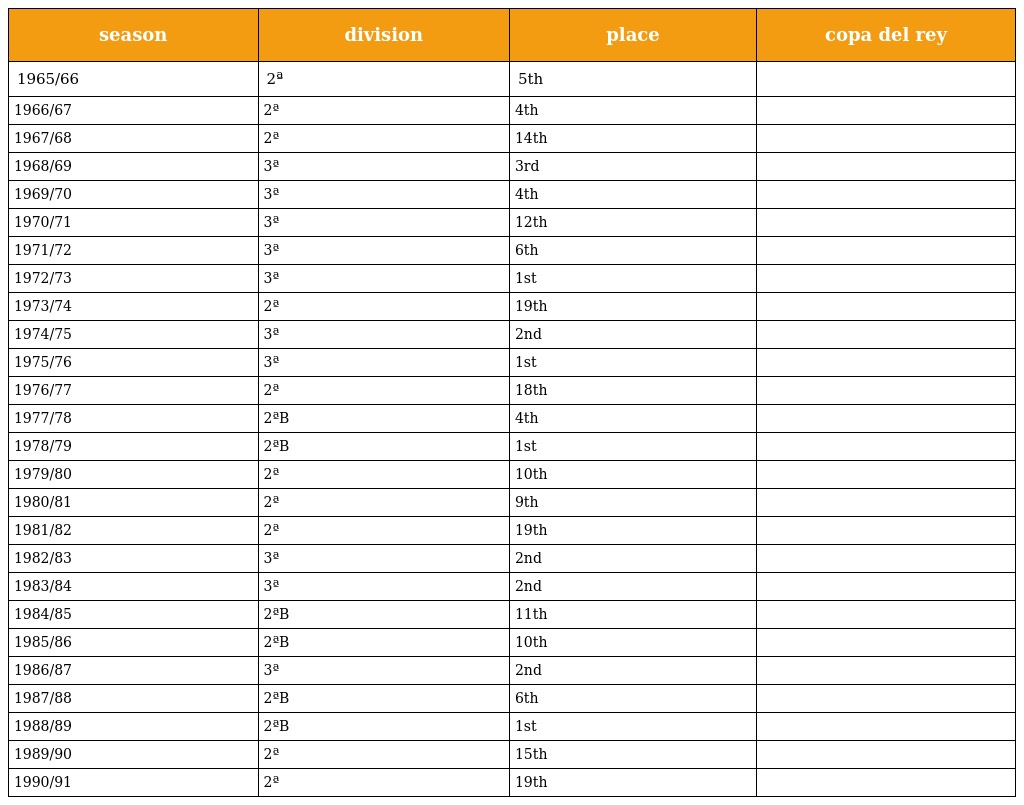
| season | division | place | copa del rey |
 | --- | --- | --- | --- |
 | 1965/66 | 2ª | 5th |  |
 | 1966/67 | 2ª | 4th |  |
 | 1967/68 | 2ª | 14th |  |
 | 1968/69 | 3ª | 3rd |  |
 | 1969/70 | 3ª | 4th |  |
 | 1970/71 | 3ª | 12th |  |
 | 1971/72 | 3ª | 6th |  |
 | 1972/73 | 3ª | 1st |  |
 | 1973/74 | 2ª | 19th |  |
 | 1974/75 | 3ª | 2nd |  |
 | 1975/76 | 3ª | 1st |  |
 | 1976/77 | 2ª | 18th |  |
 | 1977/78 | 2ªB | 4th |  |
 | 1978/79 | 2ªB | 1st |  |
 | 1979/80 | 2ª | 10th |  |
 | 1980/81 | 2ª | 9th |  |
 | 1981/82 | 2ª | 19th |  |
 | 1982/83 | 3ª | 2nd |  |
 | 1983/84 | 3ª | 2nd |  |
 | 1984/85 | 2ªB | 11th |  |
 | 1985/86 | 2ªB | 10th |  |
 | 1986/87 | 3ª | 2nd |  |
 | 1987/88 | 2ªB | 6th |  |
 | 1988/89 | 2ªB | 1st |  |
 | 1989/90 | 2ª | 15th |  |
 | 1990/91 | 2ª | 19th |  |